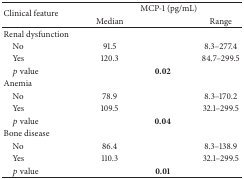
<table><thead><tr><td rowspan="2"><b>Clinical feature </b></td><td colspan="3"><b>MCP-1 (pg/mL) </b></td></tr><tr><td><b>Median </b></td><td><b> </b></td><td><b>Range </b></td></tr></thead><tbody><tr><td>Renal dysfunction</td><td> </td><td> </td><td> </td></tr><tr><td> No </td><td>91.5</td><td> </td><td>8.3–277.4</td></tr><tr><td> Yes </td><td>120.3 </td><td> </td><td>84.7–299.5 </td></tr><tr><td> <i>p</i> value</td><td> </td><td><b>0.02 </b></td><td> </td></tr><tr><td>Anemia </td><td> </td><td> </td><td> </td></tr><tr><td> No </td><td>78.9</td><td> </td><td>8.3–170.2</td></tr><tr><td> Yes </td><td>109.5 </td><td> </td><td>32.1–299.5 </td></tr><tr><td> <i>p</i> value </td><td> </td><td><b>0.04 </b></td><td> </td></tr><tr><td>Bone disease </td><td> </td><td> </td><td> </td></tr><tr><td> No </td><td>86.4 </td><td> </td><td>8.3–138.9 </td></tr><tr><td> Yes </td><td>110.3 </td><td> </td><td>32.1–299.5 </td></tr><tr><td> <i>p</i> value </td><td> </td><td><b>0.01 </b></td><td> </td></tr></tbody></table>